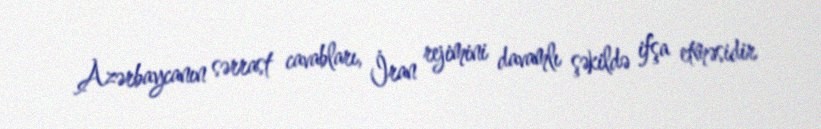
Azərbaycanın sərrast cavabları, İran rejimini davamlı şəkildə ifşa etməsidir